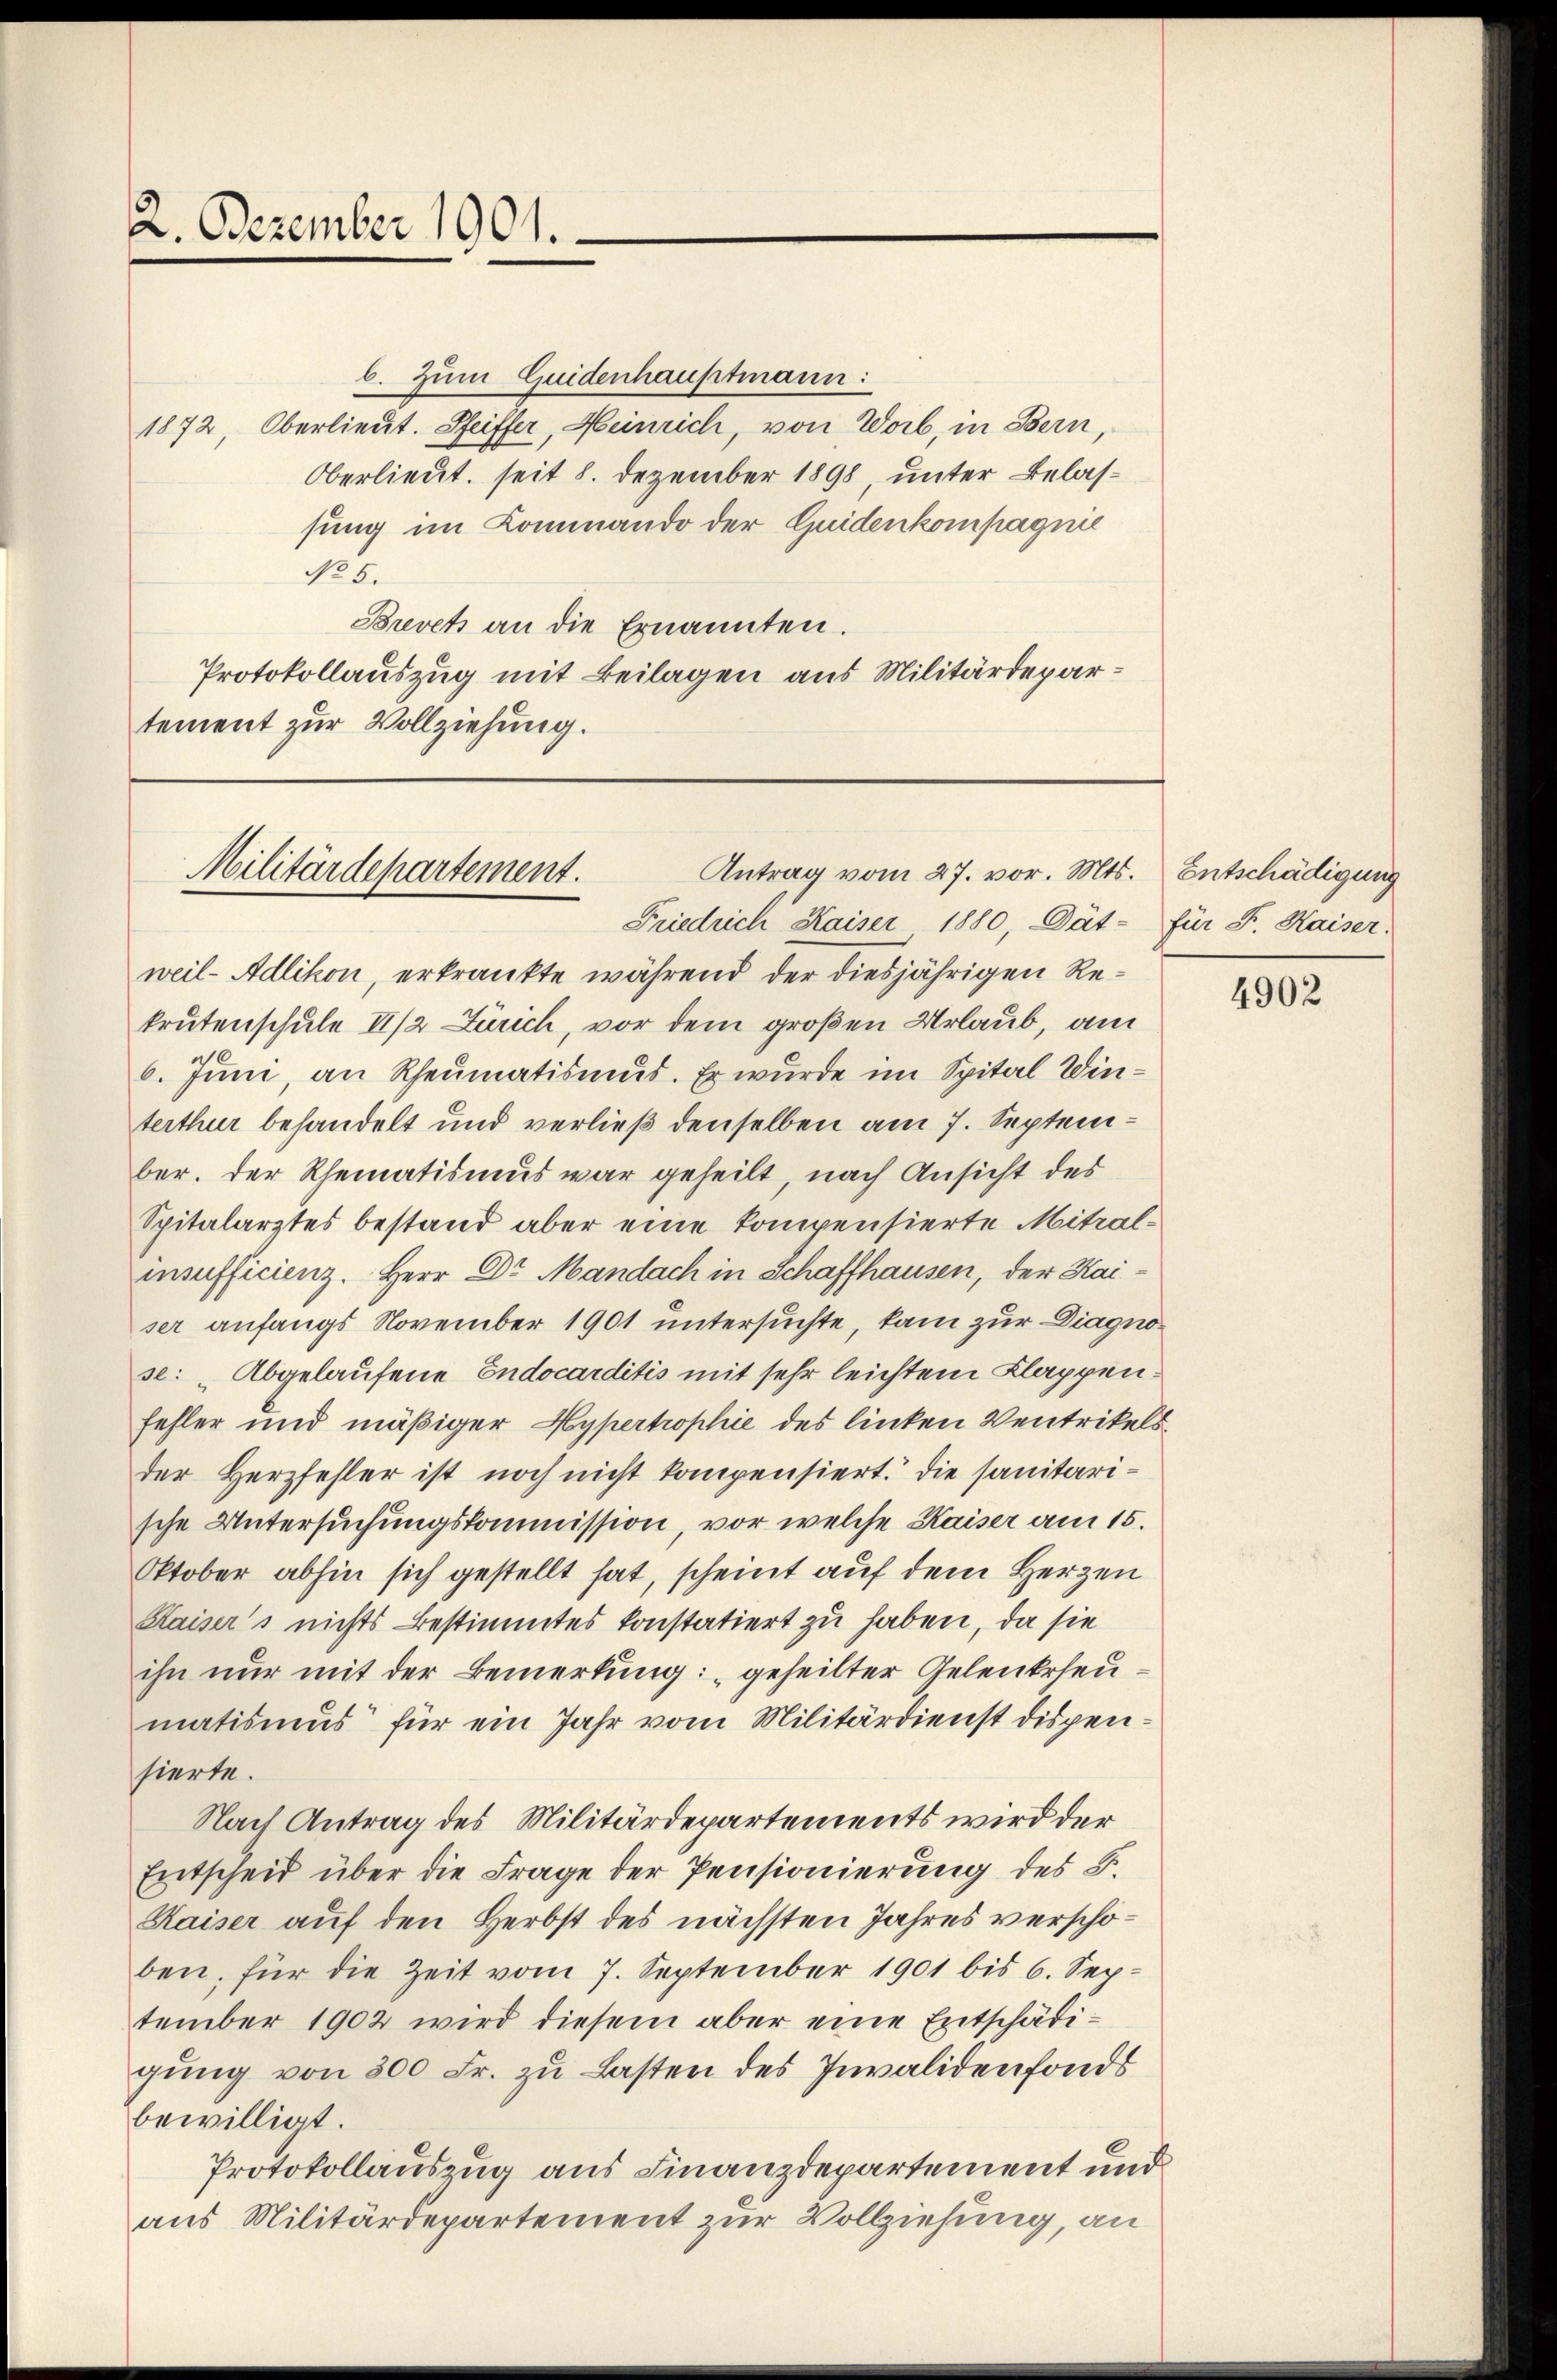
2. Dezember 1901.

b. Zum Guidenhauptmann:
1872, Oberlieut. Seiffer, Heinrich, von Worb, in Bern,
Oberlieut. seit 8. Dezember 1898, unter Belassung im Kommando der Quidenkompagnie
No 5.
Brevets an die Ernannten.
Protokollauszug mit Beilagen aus Militärdepartement zur Vollziehung.

Antrag vom 27. vor. Mts. Entschädigung
Militärdepartement.

Friedrich Haiser 1880, Dät- für F. Kaiser,
weil- Adlikon, erkrankte während der diesjährigen Rekrutenschule 11/2 Zürich, vor dem großen Urlaub, am
6. Juni, an Rheumatismus. Er wurde im Spital Winterthur behandelt und verließ denselben am 7. September. Der Rheinatismus war geheilt, nach Ansicht des
Spitalarztes bestand aber eine kompensierte Mitral-
insufficienz. Herr Dr Mandach in Schaffhausen, der Kaiser anfangs November 1901 untersuchte, kam zur Diagno
se: „Abgelaufene Endocarditis mit sehr leichtem Klappenfehler und mäßiger Hypertrophie des linken Ventrikelsder Herzfehler ist noch nicht kompensiert. Die sanitarische Untersuchungskommission, vor welche Kaiser am 15.
Oktober abhin sich gestellt hat, scheint auf dem Herzen
Kaiser's nichts Bestimmtes konstatiert zu haben, da sie
ihn nur mit der Bemerkung: „geheilter Gelenkreu
matismus für ein Jahr vom Militärdienst dispensierte.
Nach Antrag des Militärdepartements wird der
Entscheid über die Frage der Pensionierung des F.
Kaiser auf den Herbst des nächsten Jahres verschöben, für die Zeit vom 7. September 1901 bis 6. Sep-
tember 1902 wird diesem aber eine Entschädigung von 300 Fr. zu Lasten des Invalidenfonds
bewilligt.
Protokollauszug aus Finanzdepartement und
aus Militärdepartement zur Vollziehung, an

4902